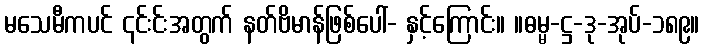
မသေမီကပင် ၎င်းင်းအတွက် နတ်ဗိမာန်ဖြစ်ပေါ်- နှင့်ကြောင်း။ ။ဓမ္မ-ဋ္ဌ-ဒု-အုပ်-၁၈၉။